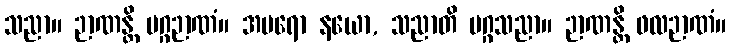
သညာ။ ဉာဏန္တိ မဂ္ဂဉာဏံ။ အပရော နယော, သညာတိ မဂ္ဂသညာ။ ဉာဏန္တိ ဖလဉာဏံ။